Annual statistical returns and brief notes on vaccination in Bengal - 1909-1929
Year: 1909
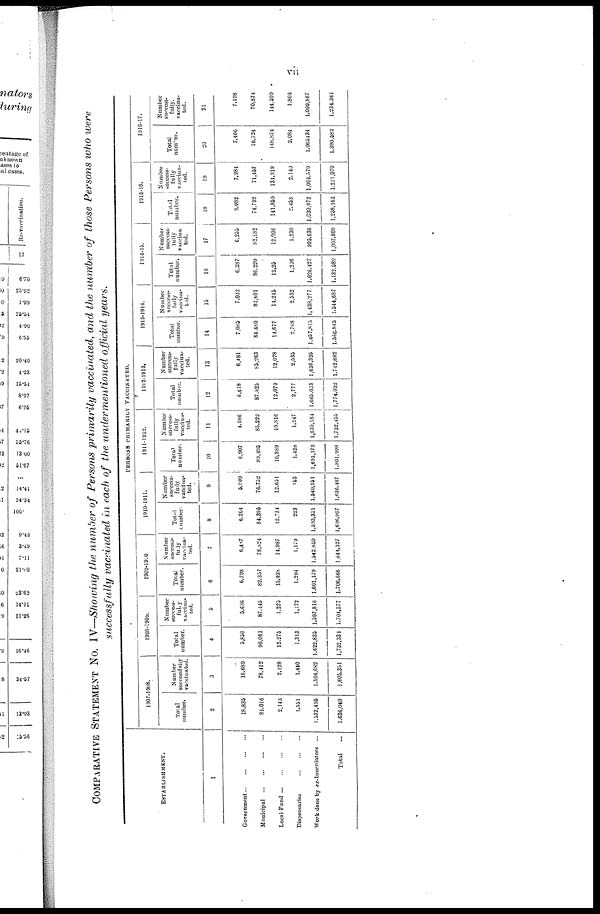
vii
COMPARATIVE STATEMENT No. IV—Showing the number of Persons primarily vaccinated, and the number of those Persons who were
successfully vaccinated in each of the undermentioned official years.
ESTABLISHMENT.
1
Government ... ... ... ...
Municipal
...
...
...
...
Local Fund
...
...
...
...
Dispensaries
...
...
...
Work done by ex-inoculators
...
Total ...
PERSONS PRIMARILY VACCINATED.
1007-1908.
Total
number.
2
18,835
81,016
2,143
1,551
1,532,406
1,636,040
Number
successfully
vaccinated.
3
18,689
78,412
2,128
1,440
1,504,682
1,605,351
1908-1909.
Total
number.
4
5,850
90,061
12,276
1,313
1,622,835
1,732,334
Number
success-
fully
vaccina¬
ted.
5
5,636
87,445
1,225
1,172
1,597,818
1,704,377
1909-1910
Total
number.
6
6,798
82,357
15,038
1,294
1,601,179
1,706,666
Number
success¬
fully
vaccina¬
ted.
7
6,487
78,824
14,987
1,179
1,542,850
1,644,327
1910-1911.
Total
Number.
8
6,204
84,396
12,734
223
1,593,351
1,696,907
Number
success-
fully
vaccina-
ted.
9
6,900
76,752
12,651
153
1,540,951
1,636,407
1911-1912.
Total
number.
10
6,907
89,495
10,989
1,428
1,693,179
1,801,998
Number
success-
fully
vaccina¬
ted.
11
4,986
85,232
10,816
1,247
1,630,184
1,732,455
1912-1913.
Total
number.
12
6,618
87,625
12,079
2,777
1,665,033
1,774,032
Number
success-
fully
vaccina-
ted.
13
6,481
85,263
12,078
2,535
1,636,325
1,742,682
1913-1914.
Total
number.
14
7,085
84,480
14,677
2,788
1,457,815
1,566,845
Number
success-
fully
vaccina¬
ted.
15
7,032
82,601
14,245
2,532
1,438,277
1,544,687
1914-15.
Total
number.
16
6,387
86,220
12,25
1,206
1,026,427
1,132,589
Number
success¬
fully
vaccina-
ted.
17
6,255
82,882
12,006
1,230
995,636
1,097,809
1915-16.
Total
number.
18
8,082
74,792
141,859
2,458
1,030,972
1,258,163
Number
success-
fully
vaccina¬
ted.
19
7,984
71,457
131,919
2,140
1,004,570
1,221,070
1916-17.
Total
number.
20
7,466
76,724
148,874
2,084
1,065,434
1,300,582
Number
success-
fully.
vaccina-
ted.
21
7,198
70,874
144,599
1,803
1,000,887
1,234,361